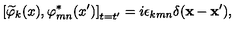
\left[ \widetilde { \varphi } _ { k } ( x ) , \varphi _ { m n } ^ { * } ( x ^ { \prime } ) \right] _ { t = t ^ { \prime } } = i \epsilon _ { k m n } \delta ( \mathbf { x } - \mathbf { x } ^ { \prime } ) ,